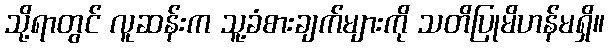
သို့ရာတွင် လူဆန်းက သူ့ခံစားချက်များကို သတိပြုမိဟန်မရှိ။